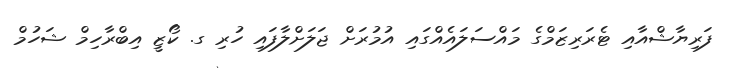
ފަރިޔާޝްއާއި ޓެރަރިޒަމްގެ މައްސަލައެއްގައި އުމުރަށް ޖަލަށްލާފައި ހުރި ގ. ކޯޒީ އިބްރާހިމް ޝަހުމް